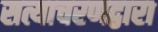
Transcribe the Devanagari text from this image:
सत्याचरणद्वारा